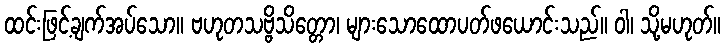
ထင်းဖြင့်ချက်အပ်သော။ ဗဟုတသဗ္ဗိသိတ္တော၊ များသောထောပတ်ဖယောင်းသည်။ ဝါ၊ သို့မဟုတ်။